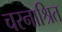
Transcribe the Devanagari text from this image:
चरनाश्रित